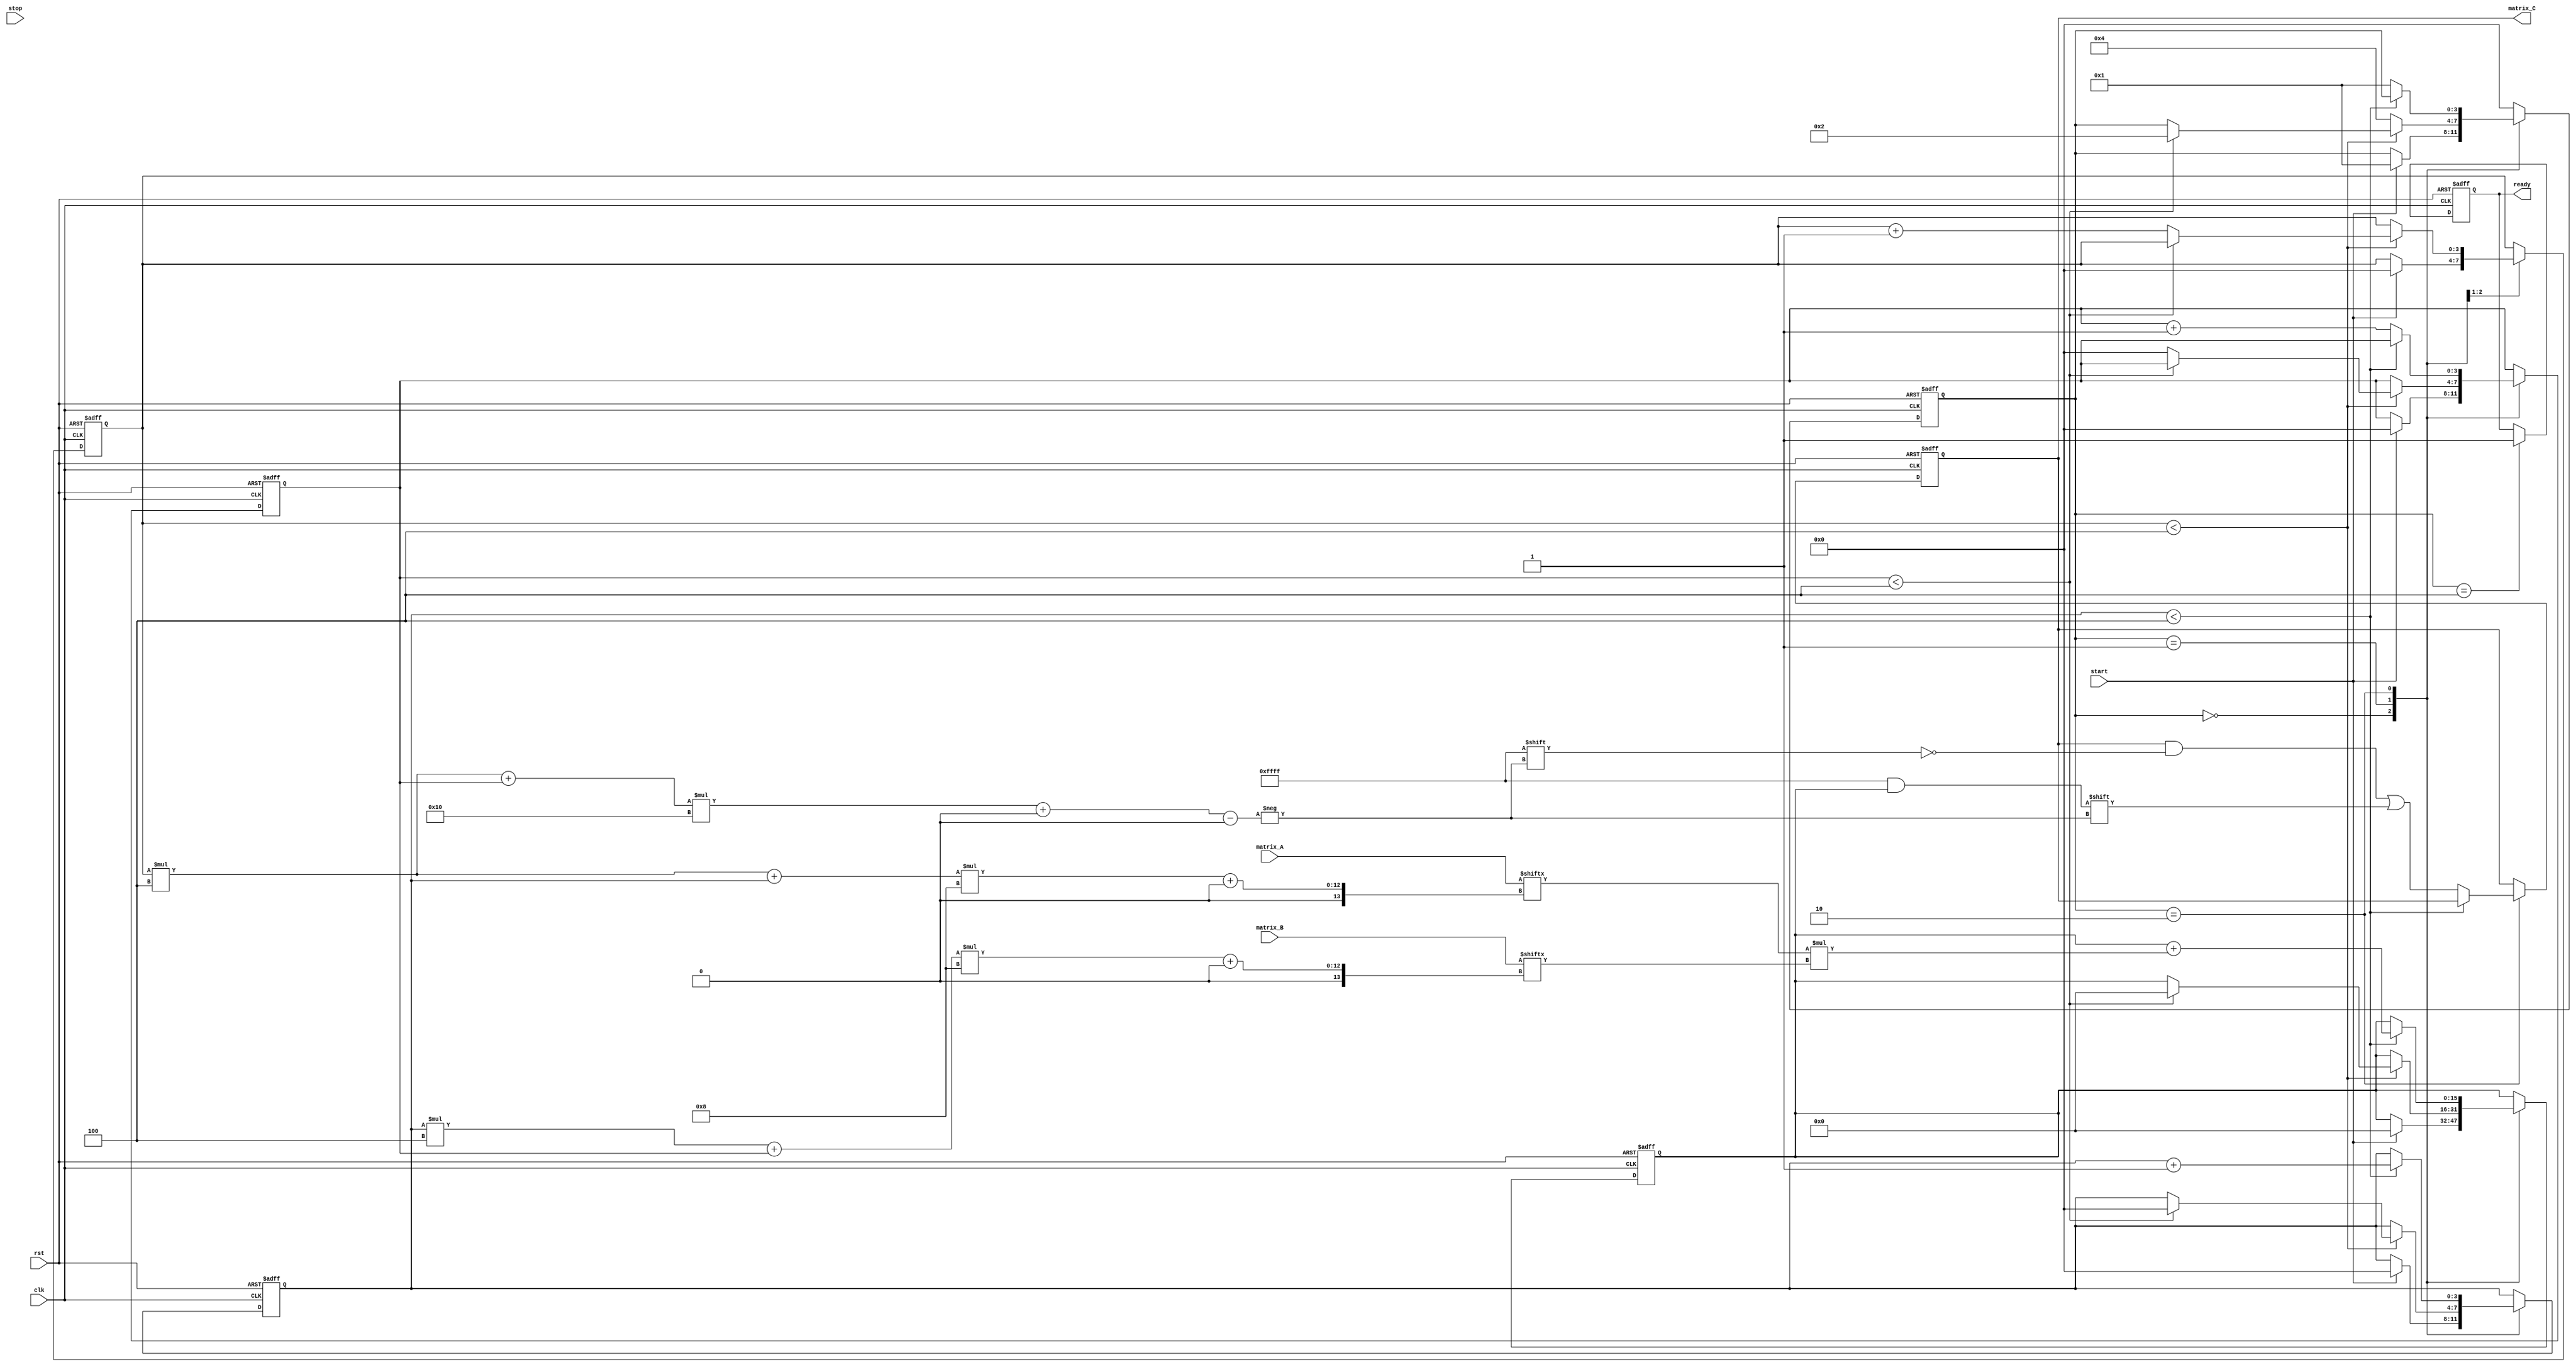
module stencil_multiplier #(
    parameter M = 4, // Number of rows in Matrix A
    parameter N = 4, // Number of columns in Matrix A and rows in Matrix B
    parameter P = 4  // Number of columns in Matrix B
)(
    input wire clk,                   // Clock signal
    input wire rst,                   // Reset signal
    input wire start,                 // Start signal
    input wire stop,                  // Stop signal
    input wire [M*N*8-1:0] matrix_A, // Input Matrix A (M x N, 8 bits each)
    input wire [N*P*8-1:0] matrix_B, // Input Matrix B (N x P, 8 bits each)
    output reg [M*P*16-1:0] matrix_C, // Output Matrix C (M x P, 16 bits to store results)
    output reg ready                   // Ready signal
);

    reg [3:0] state;                 // State for FSM
    reg [3:0] i, j, k;               // Indices for loops
    reg [15:0] temp_product;          // Temporary product storage
    reg [15:0] accumulator;           // Accumulator for sum of products

    localparam IDLE      = 3'd0;
    localparam LOAD      = 3'd1;
    localparam MULTIPLY  = 3'd2;
    localparam SUM       = 3'd3;
    localparam OUTPUT     = 3'd4;

    always @(posedge clk or posedge rst) begin
        if (rst) begin
            state <= IDLE;
            ready <= 1'b0;
            matrix_C <= 0;
            accumulator <= 0;
            i <= 0;
            j <= 0;
            k <= 0;
        end else begin
            case (state)
                IDLE: begin
                    if (start) begin
                        state <= LOAD;
                        i <= 0;
                        j <= 0;
                        k <= 0;
                        accumulator <= 0;
                    end
                end

                LOAD: begin
                    if (i < M) begin // For each row in Matrix A
                        if (j < P) begin // For each column in Matrix C
                            accumulator <= 0; // Reset accumulator for new C[i][j]
                            k <= 0; // Reset multiplier index
                            state <= MULTIPLY;
                        end else begin
                            i <= i + 1; // Move to the next row of A
                            j <= 0; // Reset column index
                        end
                    end else begin
                        state <= OUTPUT; // No more rows to process
                    end
                end

                MULTIPLY: begin
                    if (k < N) begin // For each element in row of A and column of B
                        temp_product = matrix_A[(i * N + k) * 8 +: 8] * matrix_B[(k * P + j) * 8 +: 8];
                        accumulator <= accumulator + temp_product; // Sum the product
                        k <= k + 1; // Move to next element
                    end else begin
                        matrix_C[(i * P + j) * 16 +: 16] <= accumulator; // Store result in C[i][j]
                        j <= j + 1; // Move to the next column
                        state <= LOAD; // Go back to loading
                    end
                end

                OUTPUT: begin
                    ready <= 1'b1; // Indicate that the output is ready
                    state <= IDLE; // Wait for next start
                end

                default: state <= IDLE; // Default state
            endcase
        end
    end
endmodule